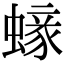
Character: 𧏹